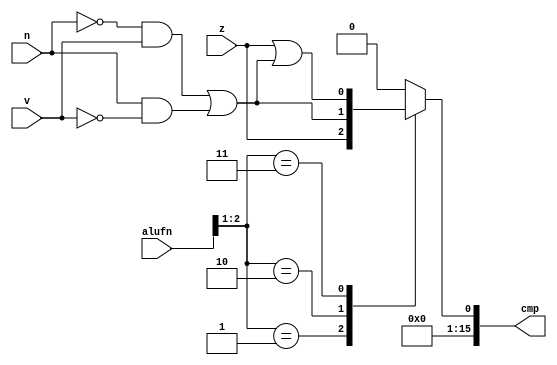
/*
   This file was generated automatically by Alchitry Labs version 1.1.6.
   Do not edit this file directly. Instead edit the original Lucid source.
   This is a temporary file and any changes made to it will be destroyed.
*/

module compare16b_16 (
    input z,
    input v,
    input n,
    input [5:0] alufn,
    output reg [15:0] cmp
  );
  
  
  
  always @* begin
    cmp = 16'h0000;
    
    case (alufn[1+1-:2])
      2'h1: begin
        cmp[0+0-:1] = z;
      end
      2'h2: begin
        cmp[0+0-:1] = ~n & v | n & ~v;
      end
      2'h3: begin
        cmp[0+0-:1] = z | (~n & v | n & ~v);
      end
      default: begin
        cmp[0+0-:1] = 1'h0;
      end
    endcase
  end
endmodule